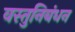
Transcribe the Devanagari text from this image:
वस्तुनिबंधन